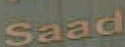
Saad